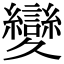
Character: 𦇥